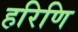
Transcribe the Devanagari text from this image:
हरिणि